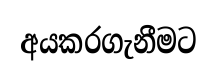
අයකරගැනීමට